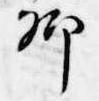
卿